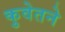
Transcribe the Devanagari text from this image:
कुवेतने